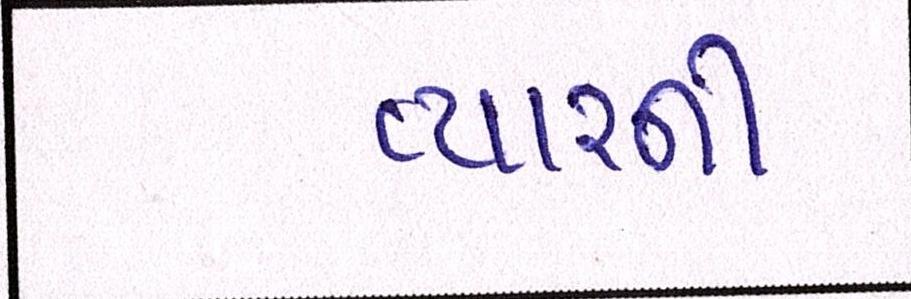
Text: ત્યારની